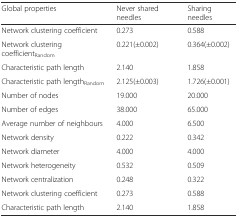
<table><thead><tr><td><b>Global properties</b></td><td><b>Never shared needles</b></td><td><b>Sharing needles</b></td></tr></thead><tbody><tr><td>Network clustering coefficient</td><td>0.273</td><td>0.588</td></tr><tr><td>Network clustering coefficient<sub>Random</sub></td><td>0.221(±0.002)</td><td>0.364(±0.002)</td></tr><tr><td>Characteristic path length</td><td>2.140</td><td>1.858</td></tr><tr><td>Characteristic path length<sub>Random</sub></td><td>2.125(±0.003)</td><td>1.726(±0.001)</td></tr><tr><td>Number of nodes</td><td>19.000</td><td>20.000</td></tr><tr><td>Number of edges</td><td>38.000</td><td>65.000</td></tr><tr><td>Average number of neighbours</td><td>4.000</td><td>6.500</td></tr><tr><td>Network density</td><td>0.222</td><td>0.342</td></tr><tr><td>Network diameter</td><td>4.000</td><td>4.000</td></tr><tr><td>Network heterogeneity</td><td>0.532</td><td>0.509</td></tr><tr><td>Network centralization</td><td>0.248</td><td>0.322</td></tr><tr><td>Network clustering coefficient</td><td>0.273</td><td>0.588</td></tr><tr><td>Characteristic path length</td><td>2.140</td><td>1.858</td></tr></tbody></table>